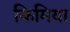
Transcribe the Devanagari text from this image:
किमिया